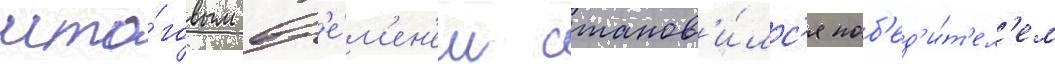
ито́говым вр'е́м'ен'ем станов'и́лс'я поб'ед'и́т'ел'ем